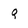
Character: Q